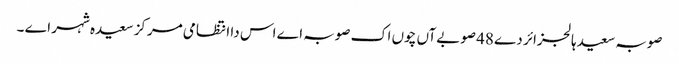
صوبہ سعیدہالجزائر دے 48 صوبےآں چوں اک صوبہ اے اس دا انتظامی مرکز سعیدہ شہر اے ۔